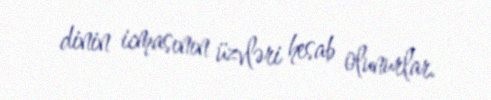
dinin icmasının üzvləri hesab olunurlar.